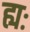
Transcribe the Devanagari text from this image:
ह्यः